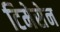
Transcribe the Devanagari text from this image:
टिमेसेन